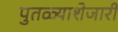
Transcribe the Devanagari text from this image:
पुतळ्याशेजारी